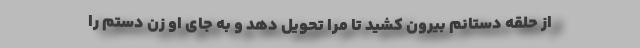
از حلقه دستانم بیرون کشید تا مرا تحویل دهد و به جای او زن دستم را